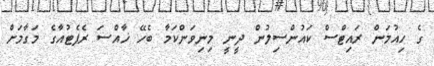
ގެ ހިއުމަން ރައިޓްސް ކައުންސިލުން ދީނީ މިނިވަންކަމާ ބެހޭ ޚާއްސަ ރެޕެޓުއާގެ މަގާމަށް